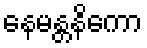
နေမန္တနိကော